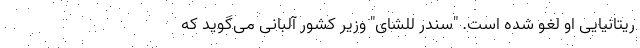
ریتانیایی او لغو شده است. "سندر للشای" وزیر کشور آلبانی می‌گوید که